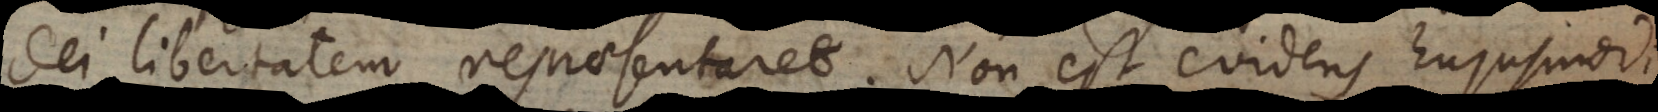
Dei libertatem repraesentaret. Non est evidens hujusmodi